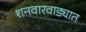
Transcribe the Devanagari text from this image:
शनवारवाड्यात